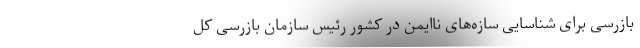
بازرسی برای شناسایی سازه‌های ناایمن در کشور رئیس سازمان بازرسی کل